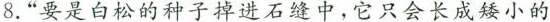
8. ” 要是白松的种子掉进石缝中，它只会长成矮小的